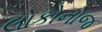
લોકોનોજ